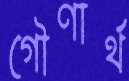
গৌণার্থ